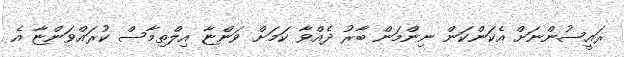
ރައީސުންނަށް އެކަންކަން ނިންމަން ބާރު ދެއްވާ ކަމަށް ވަންޏާ އިލްތިމާސް ކުރައްވަންޏާ އެ